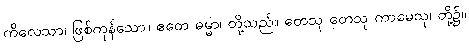
ကိလေသာ၊ ဖြစ်ကုန်သော။ ဧတေ ဓမ္မာ၊ တို့သည်။ တေသု တေသု ကာမေသု၊ တို့၌။